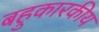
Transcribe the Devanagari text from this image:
बहुकारकीय